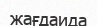
жағдаида